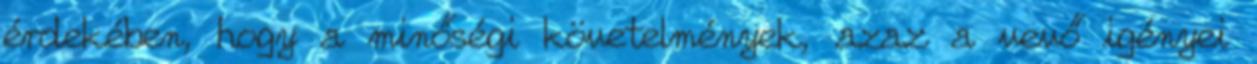
érdekében, hogy a minőségi követelmények, azaz a vevő igényei